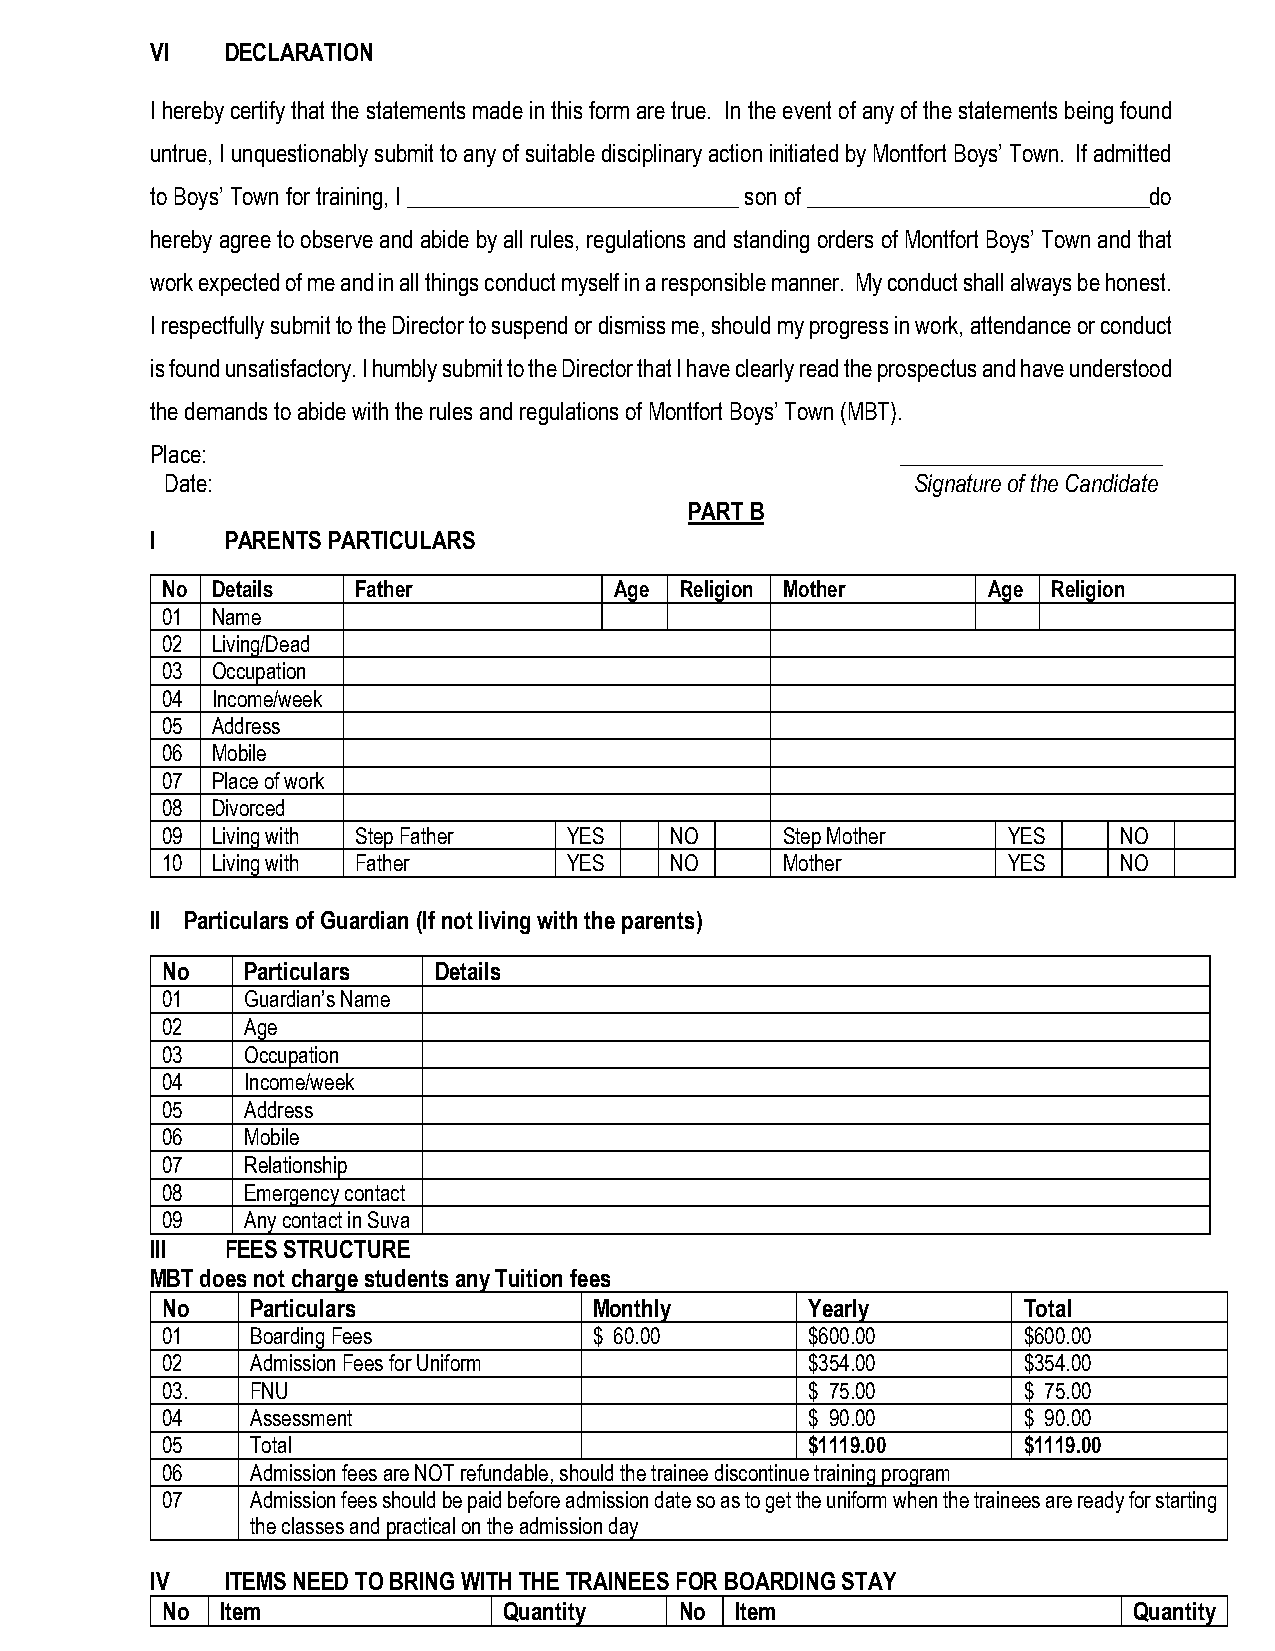
VI   DECLARATION
 I hereby certify that the statements made in this form are true. In the event of any of the statements being found
 untrue, I unquestionably submit to any of suitable disciplinary action initiated by Montfort Boys’ Town. If admitted
 to Boys’ Town for training, I _____________________________ son of ______________________________do
 hereby agree to observe and abide by all rules, regulations and standing orders of Montfort Boys’ Town and that
 work expected of me and in all things conduct myself in a responsible manner. My conduct shall always be honest.
 I respectfully submit to the Director to suspend or dismiss me, should my progress in work, attendance or conduct
 is found unsatisfactory. I humbly submit to the Director that I have clearly read the prospectus and have understood
 the demands to abide with the rules and regulations of Montfort Boys’ Town (MBT).
 Place:                                            _______________________
 Date:                                             Signature of the Candidate
 PART B
 I    PARENTS PARTICULARS
 No Details   Father           Age Religion Mother     Age  Religion
 01 Name
 02 Living/Dead
 03 Occupation
 04 Income/week
 05 Address
 06 Mobile
 07 Place of work
 08 Divorced
 09 Living with Step Father YES   NO      Step Mother    YES    NO
 10 Living with Father      YES   NO      Mother         YES    NO
 II Particulars of Guardian (If not living with the parents)
 No   Particulars  Details
 01   Guardian’s Name
 02   Age
 03   Occupation
 04   Income/week
 05   Address
 06   Mobile
 07   Relationship
 08   Emergency contact
 09   Any contact in Suva
 III  FEES STRUCTURE
 MBT does not charge students any Tuition fees
 No    Particulars           Monthly       Yearly         Total
 01    Boarding Fees         $ 60.00       $600.00        $600.00
 02    Admission Fees for Uniform          $354.00        $354.00
 03.   FNU                                 $ 75.00        $ 75.00
 04    Assessment                          $ 90.00        $ 90.00
 05    Total                               $1119.00       $1119.00
 06    Admission fees are NOT refundable, should the trainee discontinue training program
 07    Admission fees should be paid before admission date so as to get the uniform when the trainees are ready for starting
 the classes and practical on the admission day
 IV   ITEMS NEED TO BRING WITH THE TRAINEES FOR BOARDING STAY
 No  Item              Quantity    No  Item                      Quantity